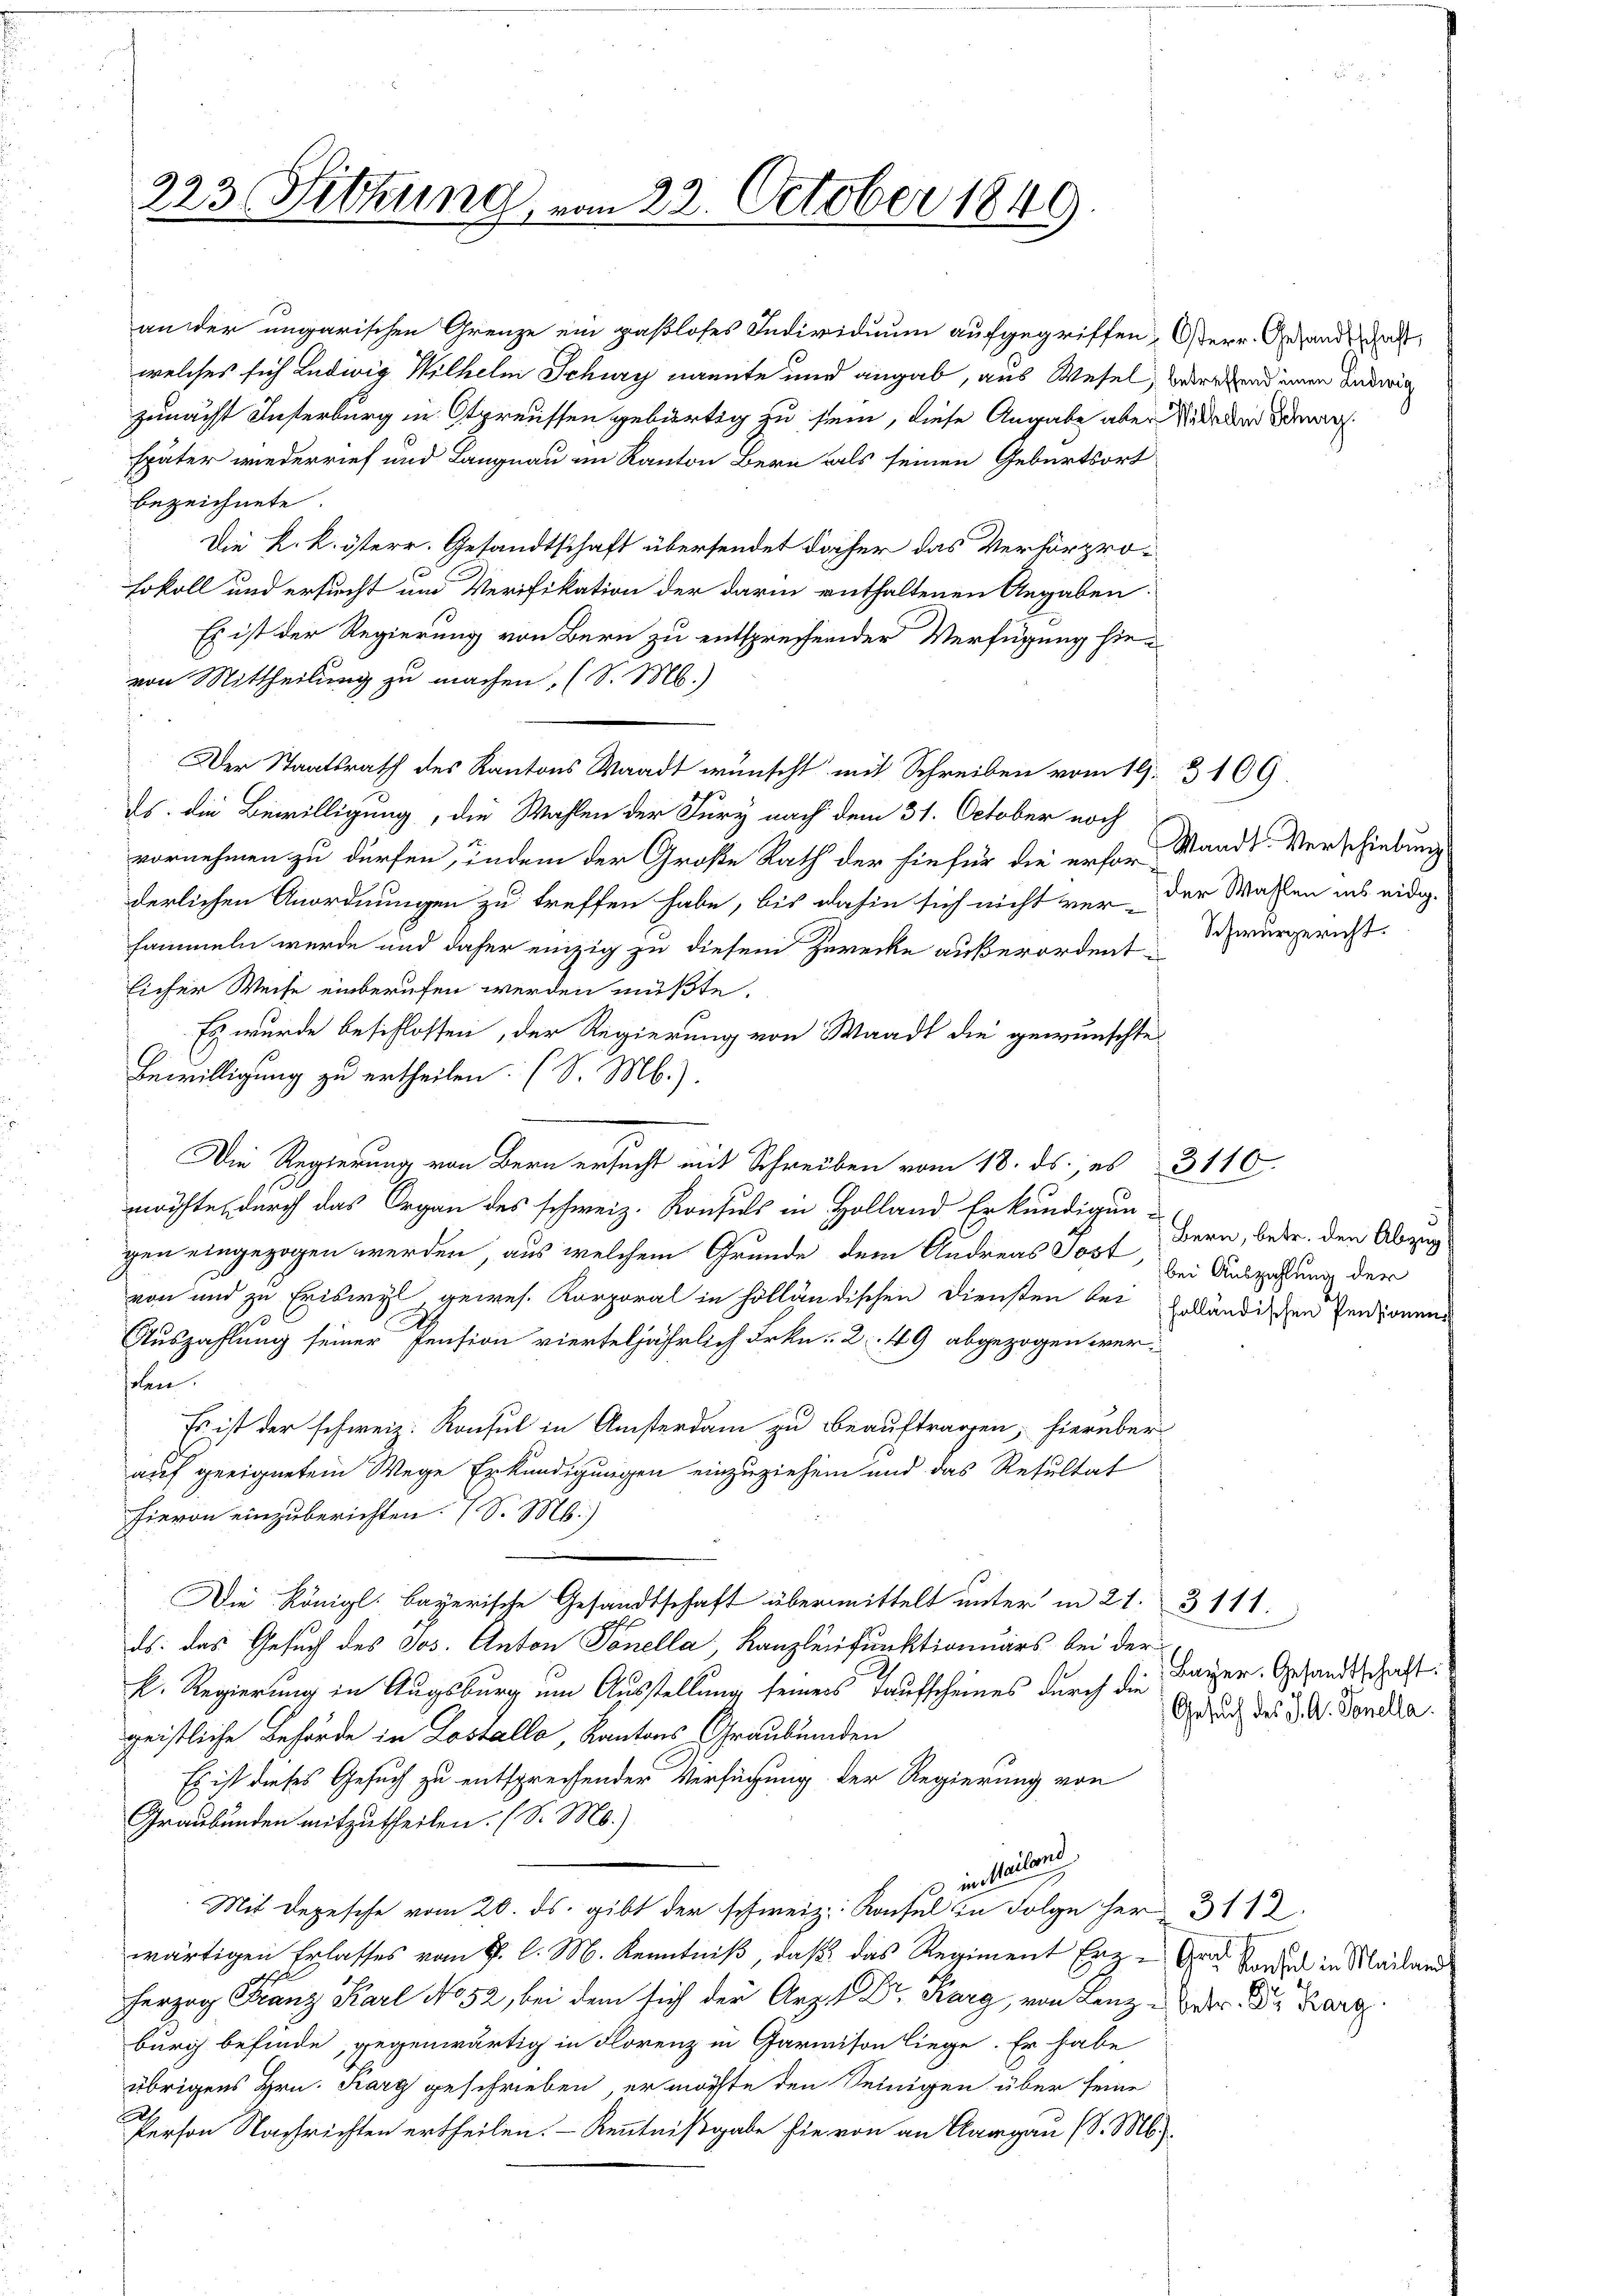
223. Sitzung, vom 22. October 1849

welches sich Ludwig Wilhelm Schury nannte und angab, aus Wesel, verehend einen Ludwig
zumacht Interburg in Ostpreussen gebürtig zu sein, diese Angabe aber Niedenen dar
später wiederrief und Langnau im Kanton Bern als seinen Geburtsort
bezeichnete.
Die k. k. österr. Gesandtschaft übersendet daher das Verhörprohokoll und ersucht und Verifikation der darin enthaltenen Angaben.
Es ist der Regierung von Bern zu entsprechender Verfügung hievon Mittheilung zu machen, (S. Mb.)
Der Staatsrath des Kantons Waadt wünscht mit Schreiben vom 19. 3109.
Es. die Bewilligung, die Wahlen der Jury nach dem 31. October noch
vornehmen zu dürfen, indem der Große Rath der hiefür die erfor- Waadt-Verschiebung
derlichen Anordnungen zu treffen habe, bis dahin sich nicht ver- der Wassen ins eidig-
sammeln werde und daher einzig zu diesem Zurecke außerordent
licher Weise einberufen werden müßte.
Es wurde beschlossen, der Regierung von Waadt die gewünschte
Bewilligung zu ertheilen. (S. Mb.).
Die Regierung von Bern ersucht mit Schreiben vom 18. ds., es 3110.
1 f
möchte, durch das Organ des schweiz. Konsuls in Holland Erkundigun-
gen eingezogen werden, aus welchem Grunde dem Andreas Jost, bei Auszahlung der
von und zu Eriswyl gewes. Korporal in holländischen Diensten bei geländischen Personen
Auszahlung seiner Pension vierteljährlich Frkn. 2. 49 abgezogen werholen.
Es ist der schweiz. Konsul in Ansterdam zu beauftragen, hierüber
auf geeignetem Wege Erkundigungen einzuziehen und das Resultat
hievon einzuberichten 7 S. M.)
Die Königl. Bayerische Gesandtschaft übermittelt unter in 21. 3111.
ds. das Gesuch des Jos. Anton Tonella Kanzleifunktionuars bei der
E. Regierung in Augsburg um Ausstellung seiners Taufscheines durch die Bayer. Gesandtschaft:
geistliche Behörde in Lostallo, Kantons Graubünden
Es ist dieses Gesuch zu entsprechender Versuchung der Regierung von
Graubünden mitzutheilen. (S. M.)
o inteilung
Mit Depesche vom 20. ds. gibt der schweiz. Konsul in Folge her 3112.
wärtigen Erlasses vom 2. l. M. Kenntniß, daß das Regiment Erz-Gras Vorden in Mailan
herzog Franz Karl No 52, bei dem sich der Arzt Dr. Karg, von Lanz der Dr Karz.
burg befinde, gegenwärtig in Florenz in Garnison liege. Er habe
übrigens Hrn. Karg geschrieben, er möchte den Seinigen über seine
A
Person Nachrichten ertheilen. - Kenntnißgabe sie von an Aargau (S. M.

an der ungarischen Grenze ein paßloses Individuum aufgegriffen, Osterr. Gesandte

Schwurgericht.

Bern, betr. den Abzug

Gesuch des J. A. Venella.